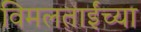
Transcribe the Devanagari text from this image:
विमलताईंच्या